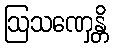
ဩသဏှေန္တိ